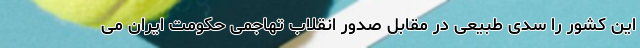
این کشور را سدی طبیعی در مقابل صدور انقلاب تهاجمی حکومت ایران می‌